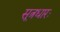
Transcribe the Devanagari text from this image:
सूत्रधारः